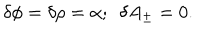
\delta \phi = \delta \rho = \alpha ; ~ ~ \delta A _ { \pm } = 0 .